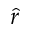
\hat { r }